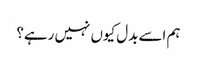
ہم اسے بدل کیوں نہیں رہے؟